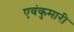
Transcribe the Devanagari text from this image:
एवंकुमारी